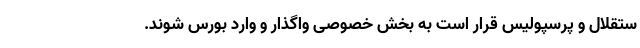
ستقلال و پرسپولیس قرار است به بخش خصوصی واگذار و وارد بورس شوند.